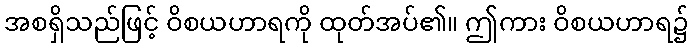
အစရှိသည်ဖြင့် ဝိစယဟာရကို ထုတ်အပ်၏။ ဤကား ဝိစယဟာရ၌